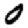
Digit: 0